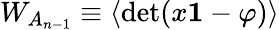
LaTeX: W_{A_{n-1}}\equiv\langle\mathrm{det}(x{\mathbf 1}-\varphi)\rangle